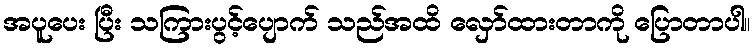
အပူပေး ပြီး သကြားပွင့်ပျောက် သည်အထိ လှော်ထားတာကို ပြောတာပါ။